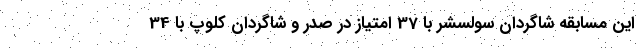
این مسابقه شاگردان سولسشر با 37 امتیاز در صدر و شاگردان کلوپ با 34